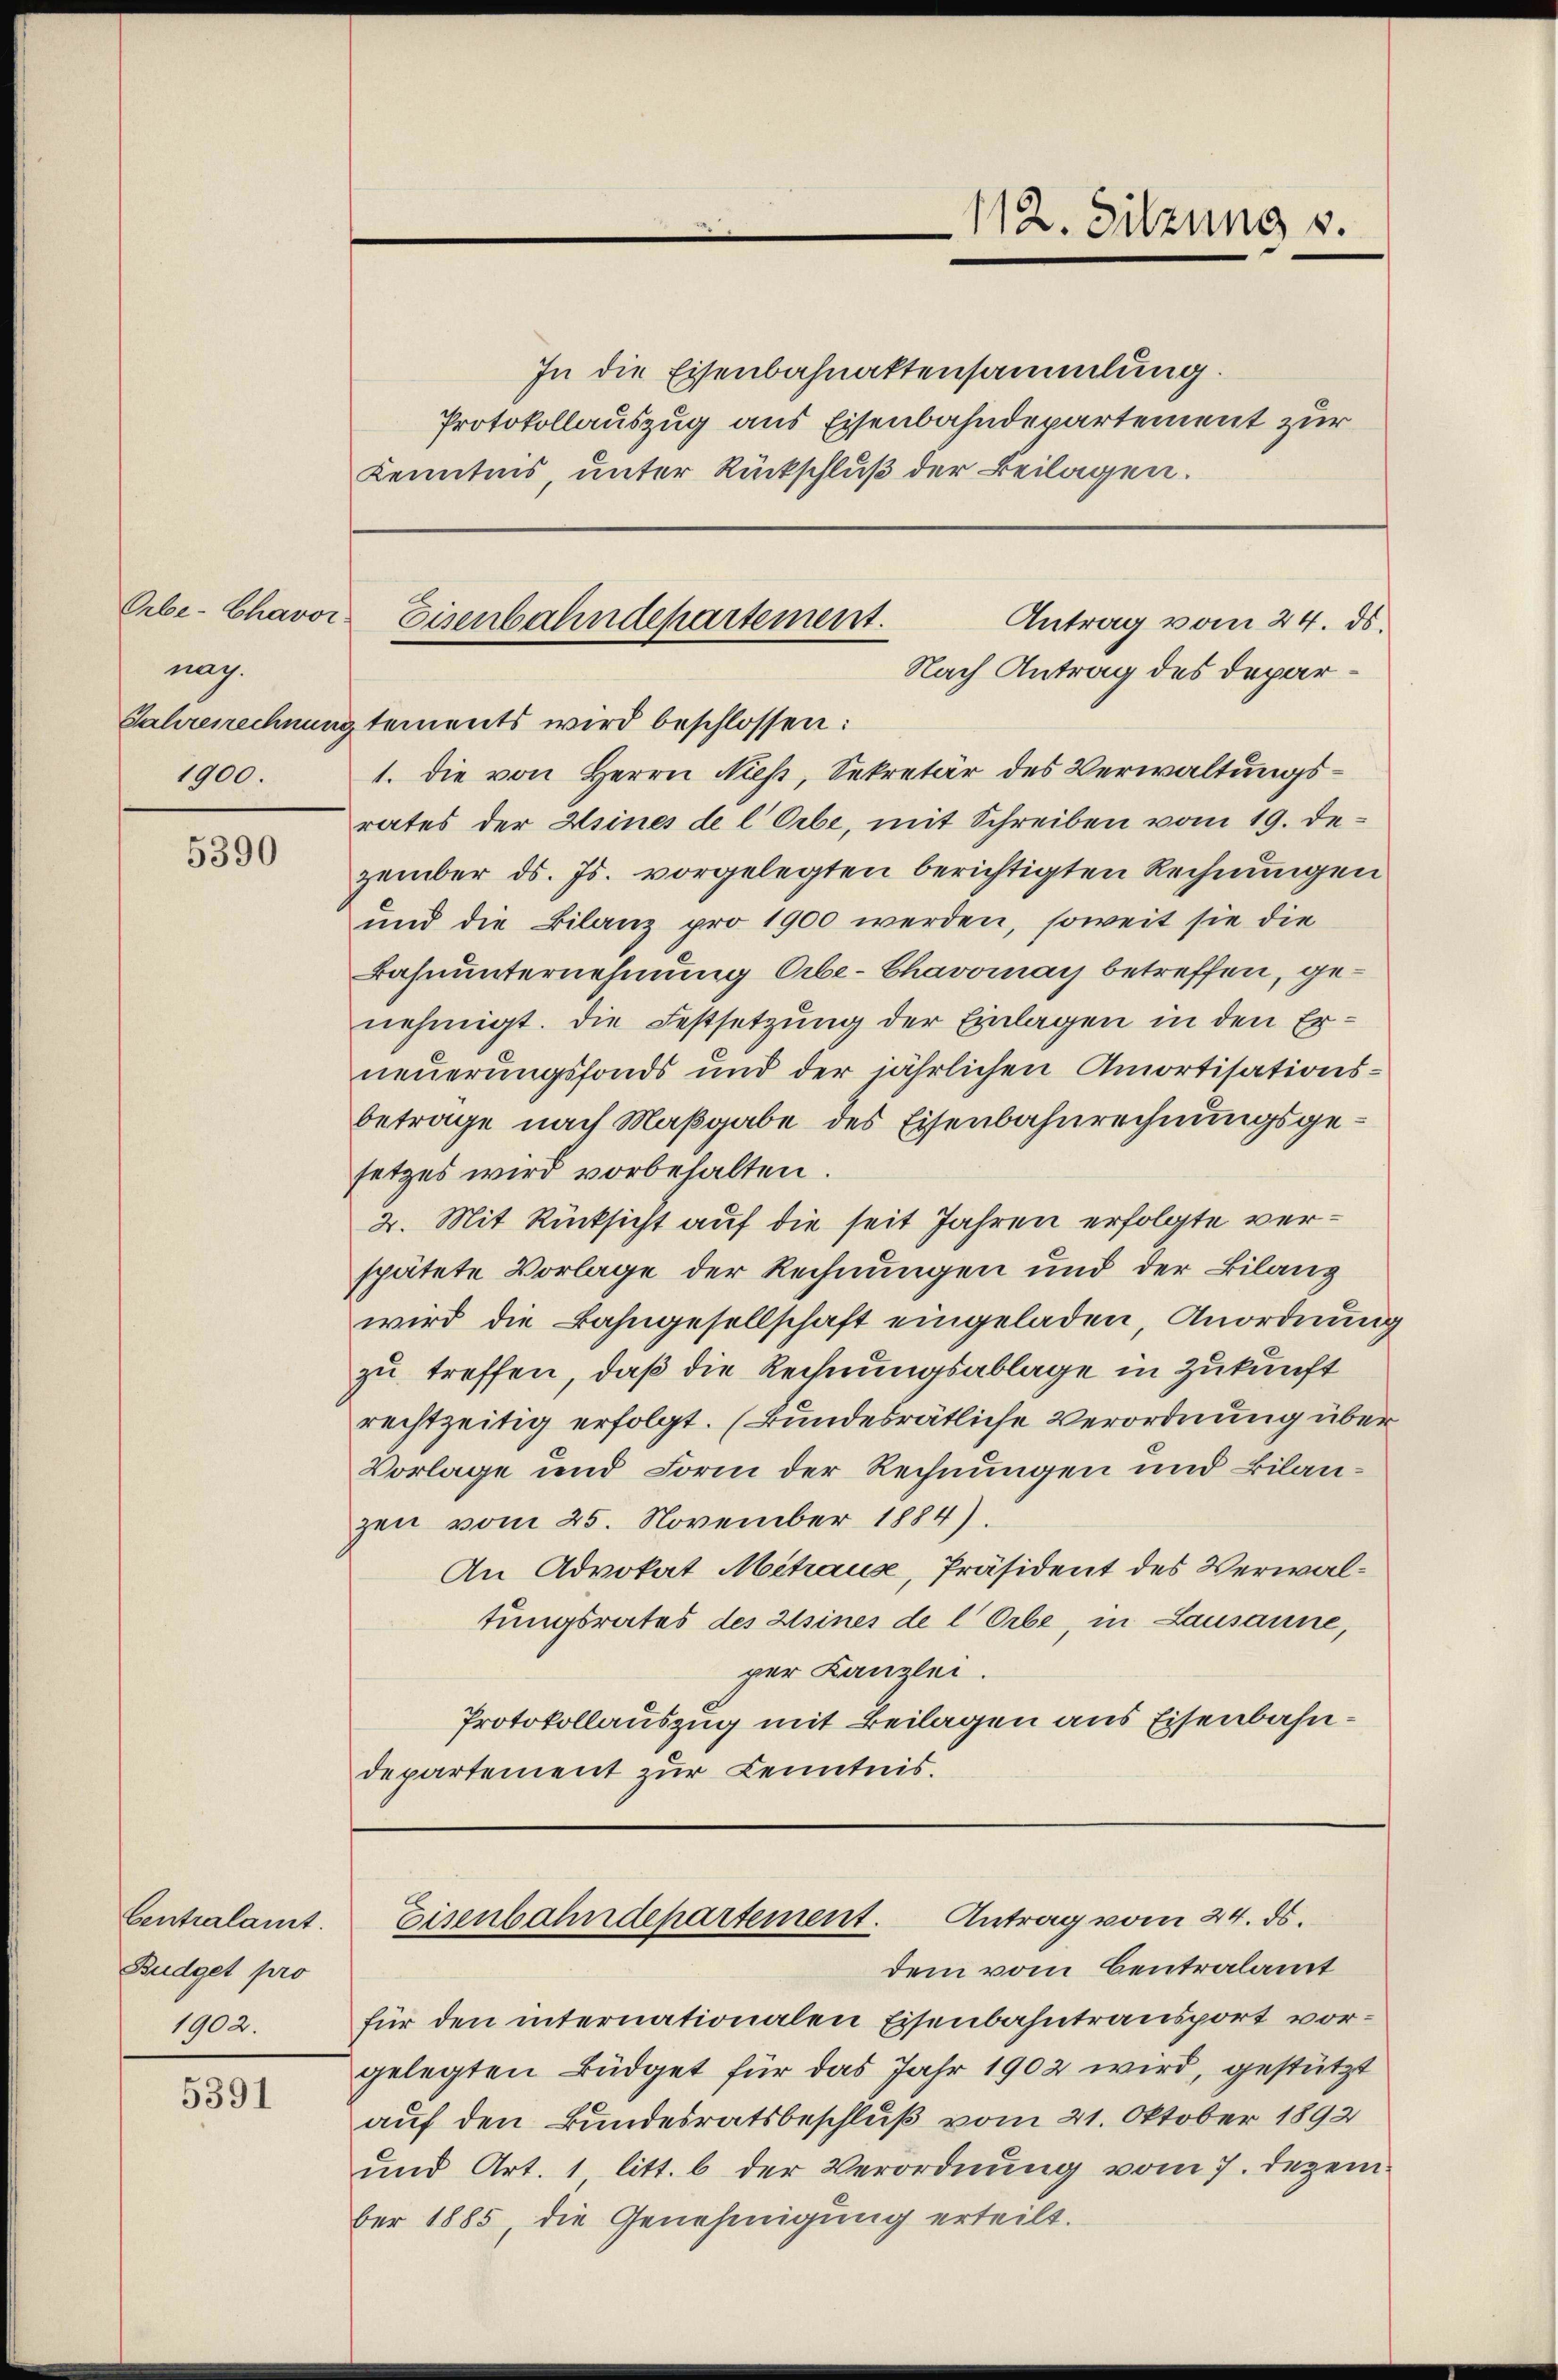
nag.
1900.

5390

Centralamt
Budget pro
1902.

5391

In die Eisenbahnaktensammlung.
Protokollauszug aus Eisenbahndepartement zur
Kenntnis, unter Rückschluß der Beilagen.

Jahrenechnung tements wird beschlossen:
1. die von Herrn Nieß, Sekretär des Verwaltungsrates der Heines de l Orbe, mit Schreiben vom 19. Dezember ds. Js. vorgelegten berichtigten Rechnungen
und die Bilanz pro 1900 werden, soweit sie die
Bahnunternehmung Orbe-Chavomay betreffen, genehmigt. Die Festsetzung der Einlagen in den Erneuerungsfonds und der jährlichen Amortisationsbetrage nach Maßgabe des Eisenbahnrechnungsgesetzes wird vorbehalten.
2. Mit Rücksicht auf die seit Jahren erfolgte verspätete Vorlage der Rechnungen und der Bilanz
wird die Bahngesellschaft eingeladen, Anordnung
zu treffen, daß die Rechnungsablage in Zukunft
rechtzeitig erfolgt. (Bundesrätliche Verordnung über
Vorlage und Form der Rechnungen und Bilanzen vom 25. November 1884).
An Advokat Mitraus, Präsident des Verwaltungsrates des sines de l Orbe, in Lausanne,
per Kanzlei.
Protokollauszug mit Beilagen aus Eisenbahndepartement zur Kenntnis.

112. Sitzung s.

Orbe-Chavor Eisenbahndepartement.
Antrag vom 24. ds.
Nach Antrag des Depar¬

Antrag vom 24. ds.
Eisenbahndepartement.

dem vom Centralamt
für den internationalen Eisenbahntransport vorgelegten Büdget für das Jahr 1902 wird, gestützt
auf den Bundesratsbeschluß vom 21. Oktober 1892
und Art. 1 litt. b der Verordnung vom 7. Dezember 1885, die Genehmigung erteilt.